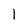
Character: 1